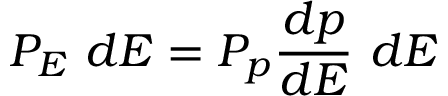
P _ { E } ~ d E = P _ { p } { \frac { d p } { d E } } ~ d E